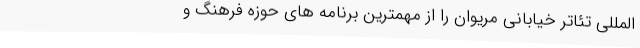
المللی تئاتر خیابانی مریوان را از مهمترین برنامه های حوزه فرهنگ و